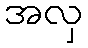
အလှ